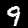
Digit: 9